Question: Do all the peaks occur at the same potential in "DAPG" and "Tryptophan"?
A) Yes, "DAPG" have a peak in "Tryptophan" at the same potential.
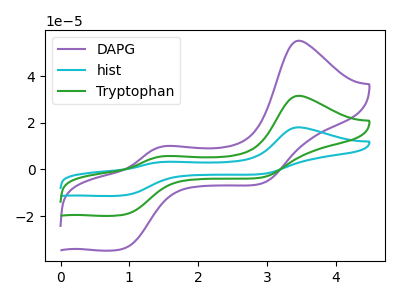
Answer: <think>The purple curve "DAPG" has anodic peaks at (3.45V, 55.10uA) (1.50V, 10.00uA) and cathodic peaks at (0.95V, -33.75uA) (2.95V, -5.95uA). The cyan curve "hist" has anodic peaks at (3.45V, 63.05uA) (1.50V, 11.45uA) and cathodic peaks at (0.95V, -38.60uA) (2.95V, -6.80uA). The green curve "Tryptophan" has anodic peaks at (3.45V, 31.55uA) (1.50V, 5.70uA) and cathodic peaks at (0.95V, -19.30uA) (2.95V, -3.40uA).</think>
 <answer>A) Yes, "DAPG" have a peak in "Tryptophan" at the same potential.</answer>
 <eval>A</eval>